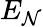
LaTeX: E_{\mathcal{N}}